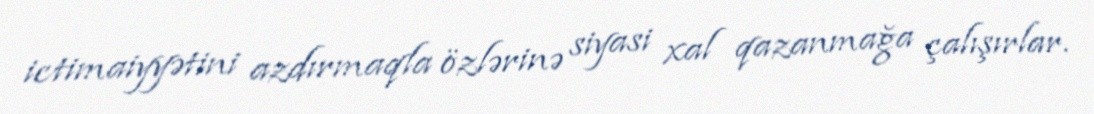
ictimaiyyətini azdırmaqla özlərinə siyasi xal qazanmağa çalışırlar.